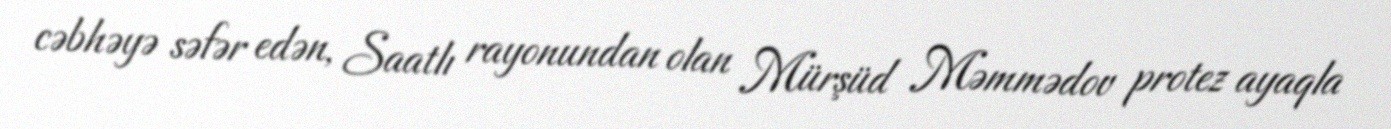
cəbhəyə səfər edən, Saatlı rayonundan olan Mürşüd Məmmədov protez ayaqla